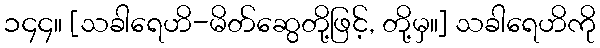
၁၄၄။ [သခါရေဟိ-မိတ်ဆွေတို့ဖြင့်, တို့မှ။] သခါရေဟိကို